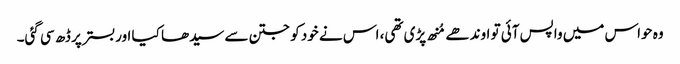
وہ حواس میں واپس آئی تو اوندھے مُنھ پڑی تھی، اس نے خود کو جتن سے سیدھا کیا اوربستر پر ڈھ سی گئی۔